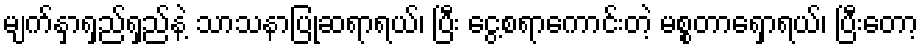
မျက်နှာရှည်ရှည်နဲ့ သာသနာပြုဆရာရယ်၊ ပြီး ငွေ့စရာကောင်းတဲ့ မစ္စတာရှောရယ်၊ ပြီးတော့